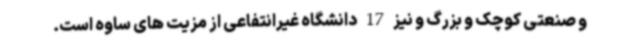
و صنعتی کوچک و بزرگ و نیز 17 دانشگاه غیرانتفاعی از مزیت های ساوه است.